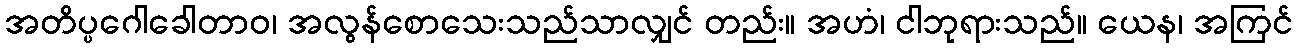
အတိပ္ပဂေါခေါတာဝ၊ အလွန်စောသေးသည်သာလျှင် တည်း။ အဟံ၊ ငါဘုရားသည်။ ယေန၊ အကြင်